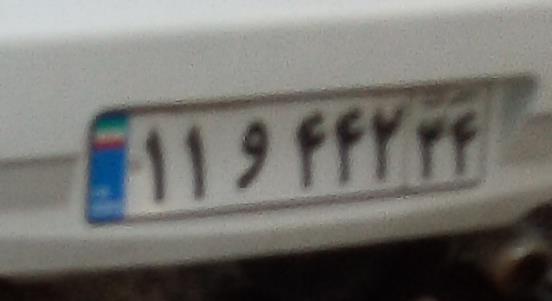
۱۱و۴۴۲۳۴